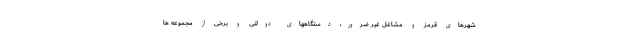
شهرهای قرمز و مشاغل غیر ضرور، دستگاههای دولتی و برخی از مجموعه ها